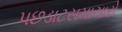
પછડાટસમાચારો